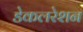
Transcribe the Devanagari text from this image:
डेकलरेशन